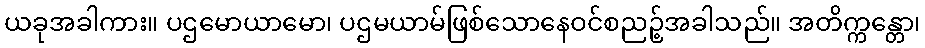
ယခုအခါကား။ ပဌမောယာမော၊ ပဌမယာမ်ဖြစ်သောနေဝင်စညဉ့်အခါသည်။ အတိက္ကန္တော၊